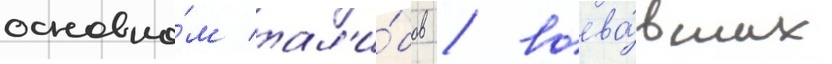
основно́м тал'и́бов / воева́вших